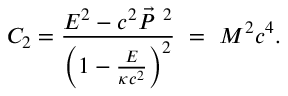
C _ { 2 } = \frac { E ^ { 2 } - c ^ { 2 } \vec { P } ^ { \ 2 } } { \left( 1 - \frac { E } { \kappa c ^ { 2 } } \right) ^ { 2 } } \ = \ M ^ { 2 } c ^ { 4 } .